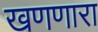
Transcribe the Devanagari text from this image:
खणणारा